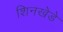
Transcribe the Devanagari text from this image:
शिनखेडे